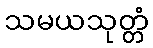
သမယသုတ္တံ